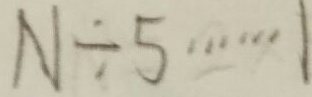
N \div 5 \cdots 1